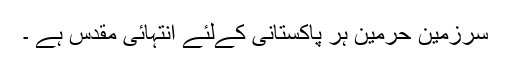
سرزمین حرمین ہر پاکستانی کےلئے انتہائی مقدس ہے ۔